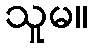
သူမ။